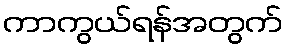
ကာကွယ်ရန်အတွက်